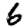
Digit: 6